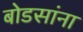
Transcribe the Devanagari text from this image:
बोडसांना